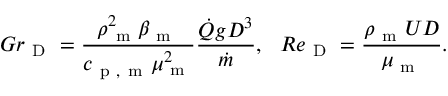
G r _ { \mathrm { ~ D ~ } } = \frac { \rho _ { \mathrm { ~ m ~ } } ^ { 2 } \beta _ { \mathrm { ~ m ~ } } } { c _ { \mathrm { ~ p ~ , ~ m ~ } } \mu _ { \mathrm { ~ m ~ } } ^ { 2 } } \frac { \dot { Q } g D ^ { 3 } } { \dot { m } } , \: \: \: R e _ { \mathrm { ~ D ~ } } = \frac { \rho _ { \mathrm { ~ m ~ } } U D } { \mu _ { \mathrm { ~ m ~ } } } .